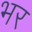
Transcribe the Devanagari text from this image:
भर